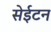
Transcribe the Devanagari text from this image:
सेईटन